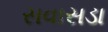
સવાસડા